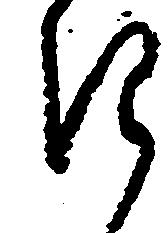
き